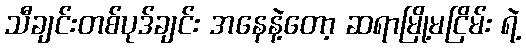
သီချင်းတစ်ပုဒ်ချင်း အနေနဲ့တော့ ဆရာမြို့မငြိမ်း ရဲ့